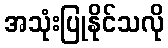
အသုံးပြုနိုင်သလို